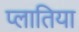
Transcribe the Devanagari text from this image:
प्लातिया